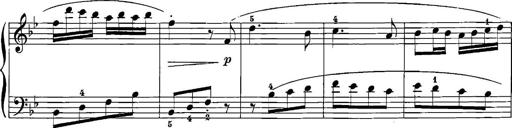
Title: 12 Sonatinas
Composer: Ignaz Pleyel